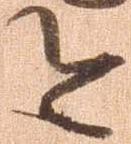
今